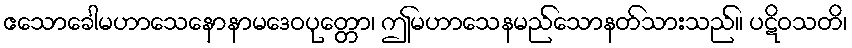
ဧသောခေါမဟာသေနောနာမဒေဝပုတ္တော၊ ဤမဟာသေနမည်သောနတ်သားသည်။ ပဋိဝသတိ၊